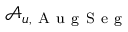
\mathcal { A } _ { u , \mathrm { ~ A ~ u ~ g ~ S ~ e ~ g ~ } }